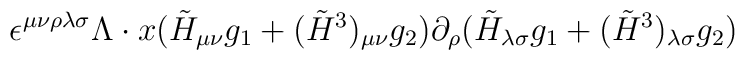
\epsilon^{\mu\nu\rho\lambda\sigma} \Lambda \cdot x (\tilde{H}_{\mu\nu} g_1 +(\tilde{H}^3)_{\mu\nu} g_2) \partial_\rho (\tilde{H}_{\lambda\sigma} g_1 +(\tilde{H}^3)_{\lambda\sigma} g_2)